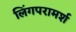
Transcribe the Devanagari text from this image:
लिंगपरामर्श